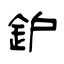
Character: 鈩